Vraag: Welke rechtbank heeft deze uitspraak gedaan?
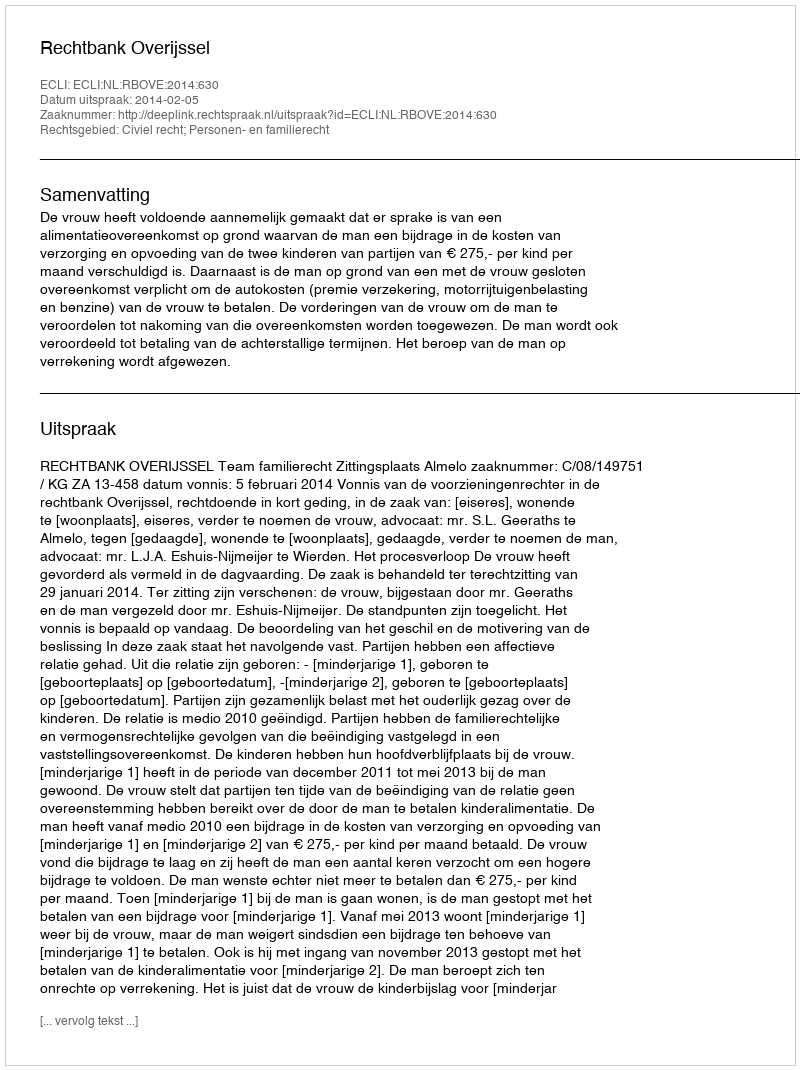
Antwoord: Rechtbank Overijssel